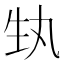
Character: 𭺳